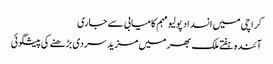
کراچی میں انسداد پولیو مہم کامیابی سے جاری
آئندہ ہفتے ملک بھر میں مزید سردی بڑھنے کی پیشگوئی